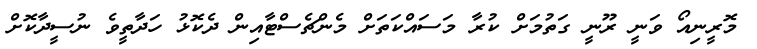
މޮރީނިއޯ ވަނީ ރޫނީ ގަތުމަށް ކުރާ މަސައްކަތަށް މެންޗެސްޓާއިން ދެކޮޅު ހަދާތީވެ ނުސީދާކޮށް